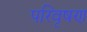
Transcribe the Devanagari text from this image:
परिवृषण